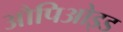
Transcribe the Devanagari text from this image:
औपिओइड